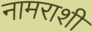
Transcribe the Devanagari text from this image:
नामराशी